Report on the working of the mental hospitals for Indians in Bihar and Orissa - 1925-1929
Year: 1925
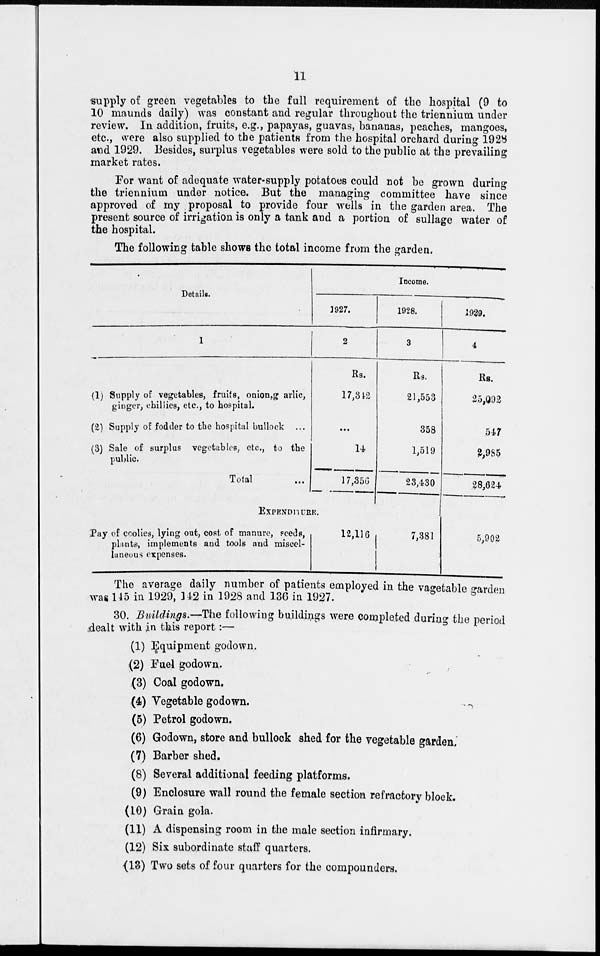
11
supply of green vegetables to the full requirement of the hospital (9 to
10 maunds daily) was constant and regular throughout the triennium under
review. In addition, fruits, e.g., papayas, guavas, bananas, peaches, mangoes,
etc., were also supplied to the patients from the hospital orchard during 1928
and 1929. Besides, surplus vegetables were sold to the public at the prevailing
market rates.
For want of adequate water-supply potatoes could not be grown during
the triennium under notice. But the managing committee have since
approved of my proposal to provide four wells in the garden area. The
present source of irrigation is only a tank and a portion of sullage water of
the hospital.
The following table shows the total income from the garden.
Details.
1
(1) Supply of vegetables, fruits, onion,garlic,
ginger, chillies, etc., to hospital.
(2) Supply of fodder to the hospital bullock ...
(3) Sale of surplus vegetable, etc., to the
public.
Total ...
EXPENDITUR.
Pay of coolies, lying out, cost of manure, seeds,
plants, implements and tools and miscel-
laneous expenses.
Income.
1927.
2
Rs.
17,342
...
14
17,356
12,116
1928.
3
Rs.
21,553
358
1,519
23,430
7,381
1929.
4
Rs.
25,092
547
2,985
28,624.
5,902
The average daily number of patients employed in the vagetable garden
was 145 in 1929, 142 in 1928 and 136 in 1927.
30. Buildings.—The following buildings were completed during the period
dealt with in this report:—
(1) Equipment godown.
(2) Fuel godown.
(3) Coal godown.
(4) Vegetable godown.
(5) Petrol godown.
(6) Godown, store and bullock shed for the vegetable garden.
(7) Barber shed.
(8) Several additional feeding platforms.
(9) Enclosure wall round the female section refractory block.
(10) Grain gola.
(11) A dispensing room in the male section infirmary.
(12) Six subordinate staff quarters.
(13) Two sets of four quarters for the compounders.